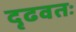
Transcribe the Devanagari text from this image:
दृढवतः